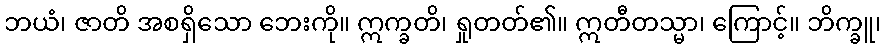
ဘယံ၊ ဇာတိ အစရှိသော ဘေးကို။ ဣက္ခတိ၊ ရှုတတ်၏။ ဣတီတသ္မာ၊ ကြောင့်။ ဘိက္ခူ၊